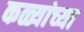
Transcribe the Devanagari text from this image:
कळ्यांच्या